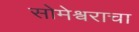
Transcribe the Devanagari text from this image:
सोमेश्वराचा